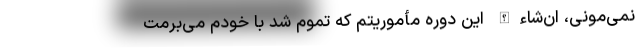
نمی‌مونی، ان‌شاءالله این دوره مأموریتم که تموم شد با خودم می‌برمت